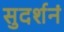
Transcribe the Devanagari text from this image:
सुदर्शनं